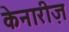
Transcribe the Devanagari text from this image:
केनारीज़